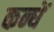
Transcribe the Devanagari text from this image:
कन्धें